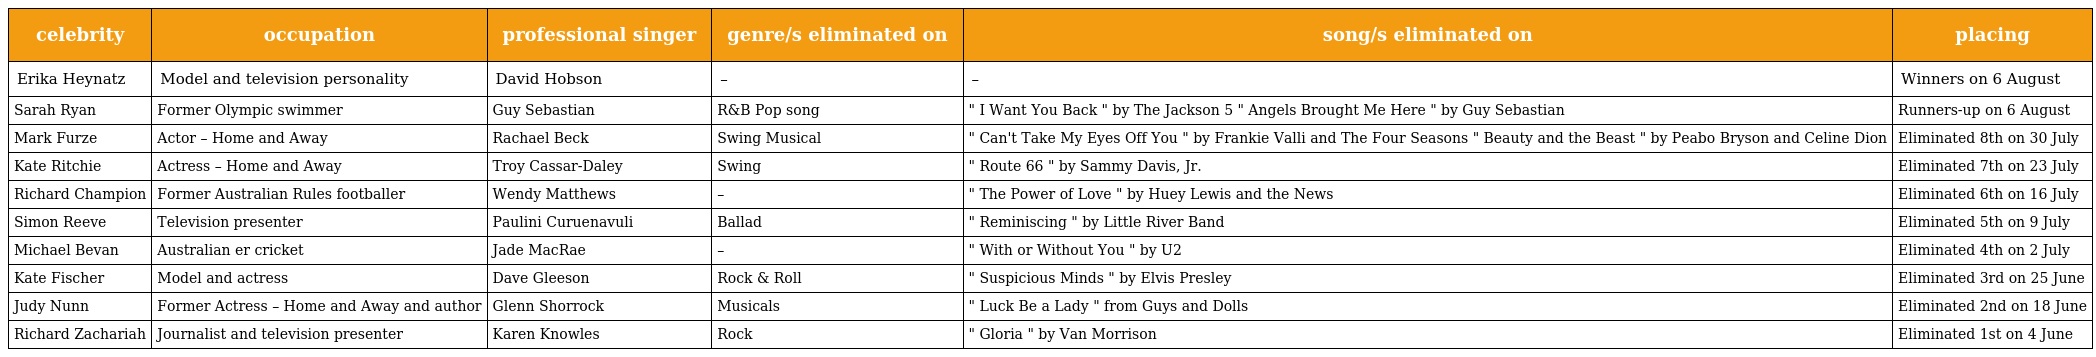
| celebrity | occupation | professional singer | genre/s eliminated on | song/s eliminated on | placing |
 | --- | --- | --- | --- | --- | --- |
 | Erika Heynatz | Model and television personality | David Hobson | – | – | Winners on 6 August |
 | Sarah Ryan | Former Olympic swimmer | Guy Sebastian | R&B Pop song | " I Want You Back " by The Jackson 5 " Angels Brought Me Here " by Guy Sebastian | Runners-up on 6 August |
 | Mark Furze | Actor – Home and Away | Rachael Beck | Swing Musical | " Can't Take My Eyes Off You " by Frankie Valli and The Four Seasons " Beauty and the Beast " by Peabo Bryson and Celine Dion | Eliminated 8th on 30 July |
 | Kate Ritchie | Actress – Home and Away | Troy Cassar-Daley | Swing | " Route 66 " by Sammy Davis, Jr. | Eliminated 7th on 23 July |
 | Richard Champion | Former Australian Rules footballer | Wendy Matthews | – | " The Power of Love " by Huey Lewis and the News | Eliminated 6th on 16 July |
 | Simon Reeve | Television presenter | Paulini Curuenavuli | Ballad | " Reminiscing " by Little River Band | Eliminated 5th on 9 July |
 | Michael Bevan | Australian er cricket | Jade MacRae | – | " With or Without You " by U2 | Eliminated 4th on 2 July |
 | Kate Fischer | Model and actress | Dave Gleeson | Rock & Roll | " Suspicious Minds " by Elvis Presley | Eliminated 3rd on 25 June |
 | Judy Nunn | Former Actress – Home and Away and author | Glenn Shorrock | Musicals | " Luck Be a Lady " from Guys and Dolls | Eliminated 2nd on 18 June |
 | Richard Zachariah | Journalist and television presenter | Karen Knowles | Rock | " Gloria " by Van Morrison | Eliminated 1st on 4 June |